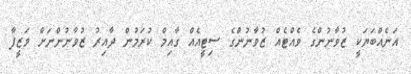
އަނެއްބަޔަކީ ޒުވާނުންގެ ވެއްޓެއް ޒުވާނުންގެ ސިޓީއެއް ގާއިމް ކުރަމުން ދާއިރު ޒުވާނުންނަށް ވަޒީފާ